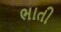
ભાતી